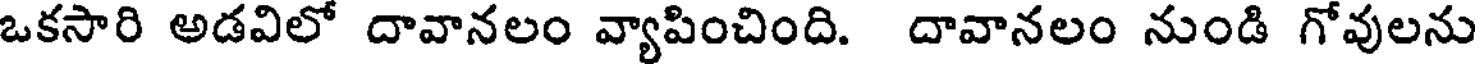
ఒకసారి అడవిలో దావానలం వ్యాపించింది. దావానలం నుండి గోవులను